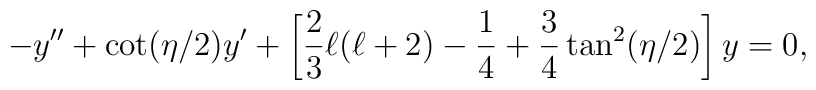
-y''+\cot(\eta/2)y' +\left[\frac{2}{3}\ell(\ell+2)-\frac{1}{4}+\frac{3}{4}\tan^2(\eta/2)\right]y=0 ,